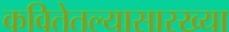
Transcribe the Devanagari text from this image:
कवितेतल्यासारख्या